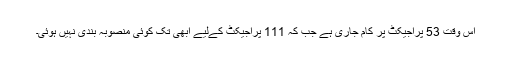
اس وقت 53 پراجیکٹ پر کام جاری ہے جب کہ 111 پراجیکٹ کےلیے ابھی تک کوئی منصوبہ بندی نہیں ہوئی۔